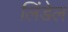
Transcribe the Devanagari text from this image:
लिंडेल